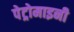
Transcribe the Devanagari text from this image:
पेट्रोमाइनी